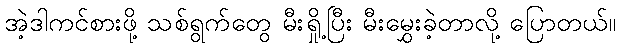
အဲ့ဒါကင်စားဖို့ သစ်ရွက်တွေ မီးရှို့ပြီး မီးမွှေးခဲ့တာလို့ ပြောတယ်။